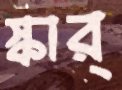
স্কার্